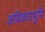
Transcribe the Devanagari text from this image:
अधिकारभूमि